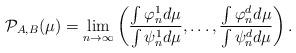
LaTeX: \begin{align*}\mathcal{P}_{A,B}(\mu) =\lim _{n \rightarrow \infty}\left(\frac{\int \varphi_{n}^{1} d \mu}{\int \psi_{n}^{1} d \mu}, \ldots, \frac{\int \varphi_{n}^{d} d \mu}{\int \psi_{n}^{d} d \mu}\right).\end{align*}